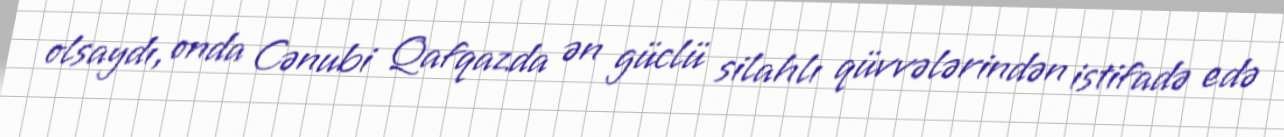
olsaydı, onda Cənubi Qafqazda ən güclü silahlı qüvvələrindən istifadə edə